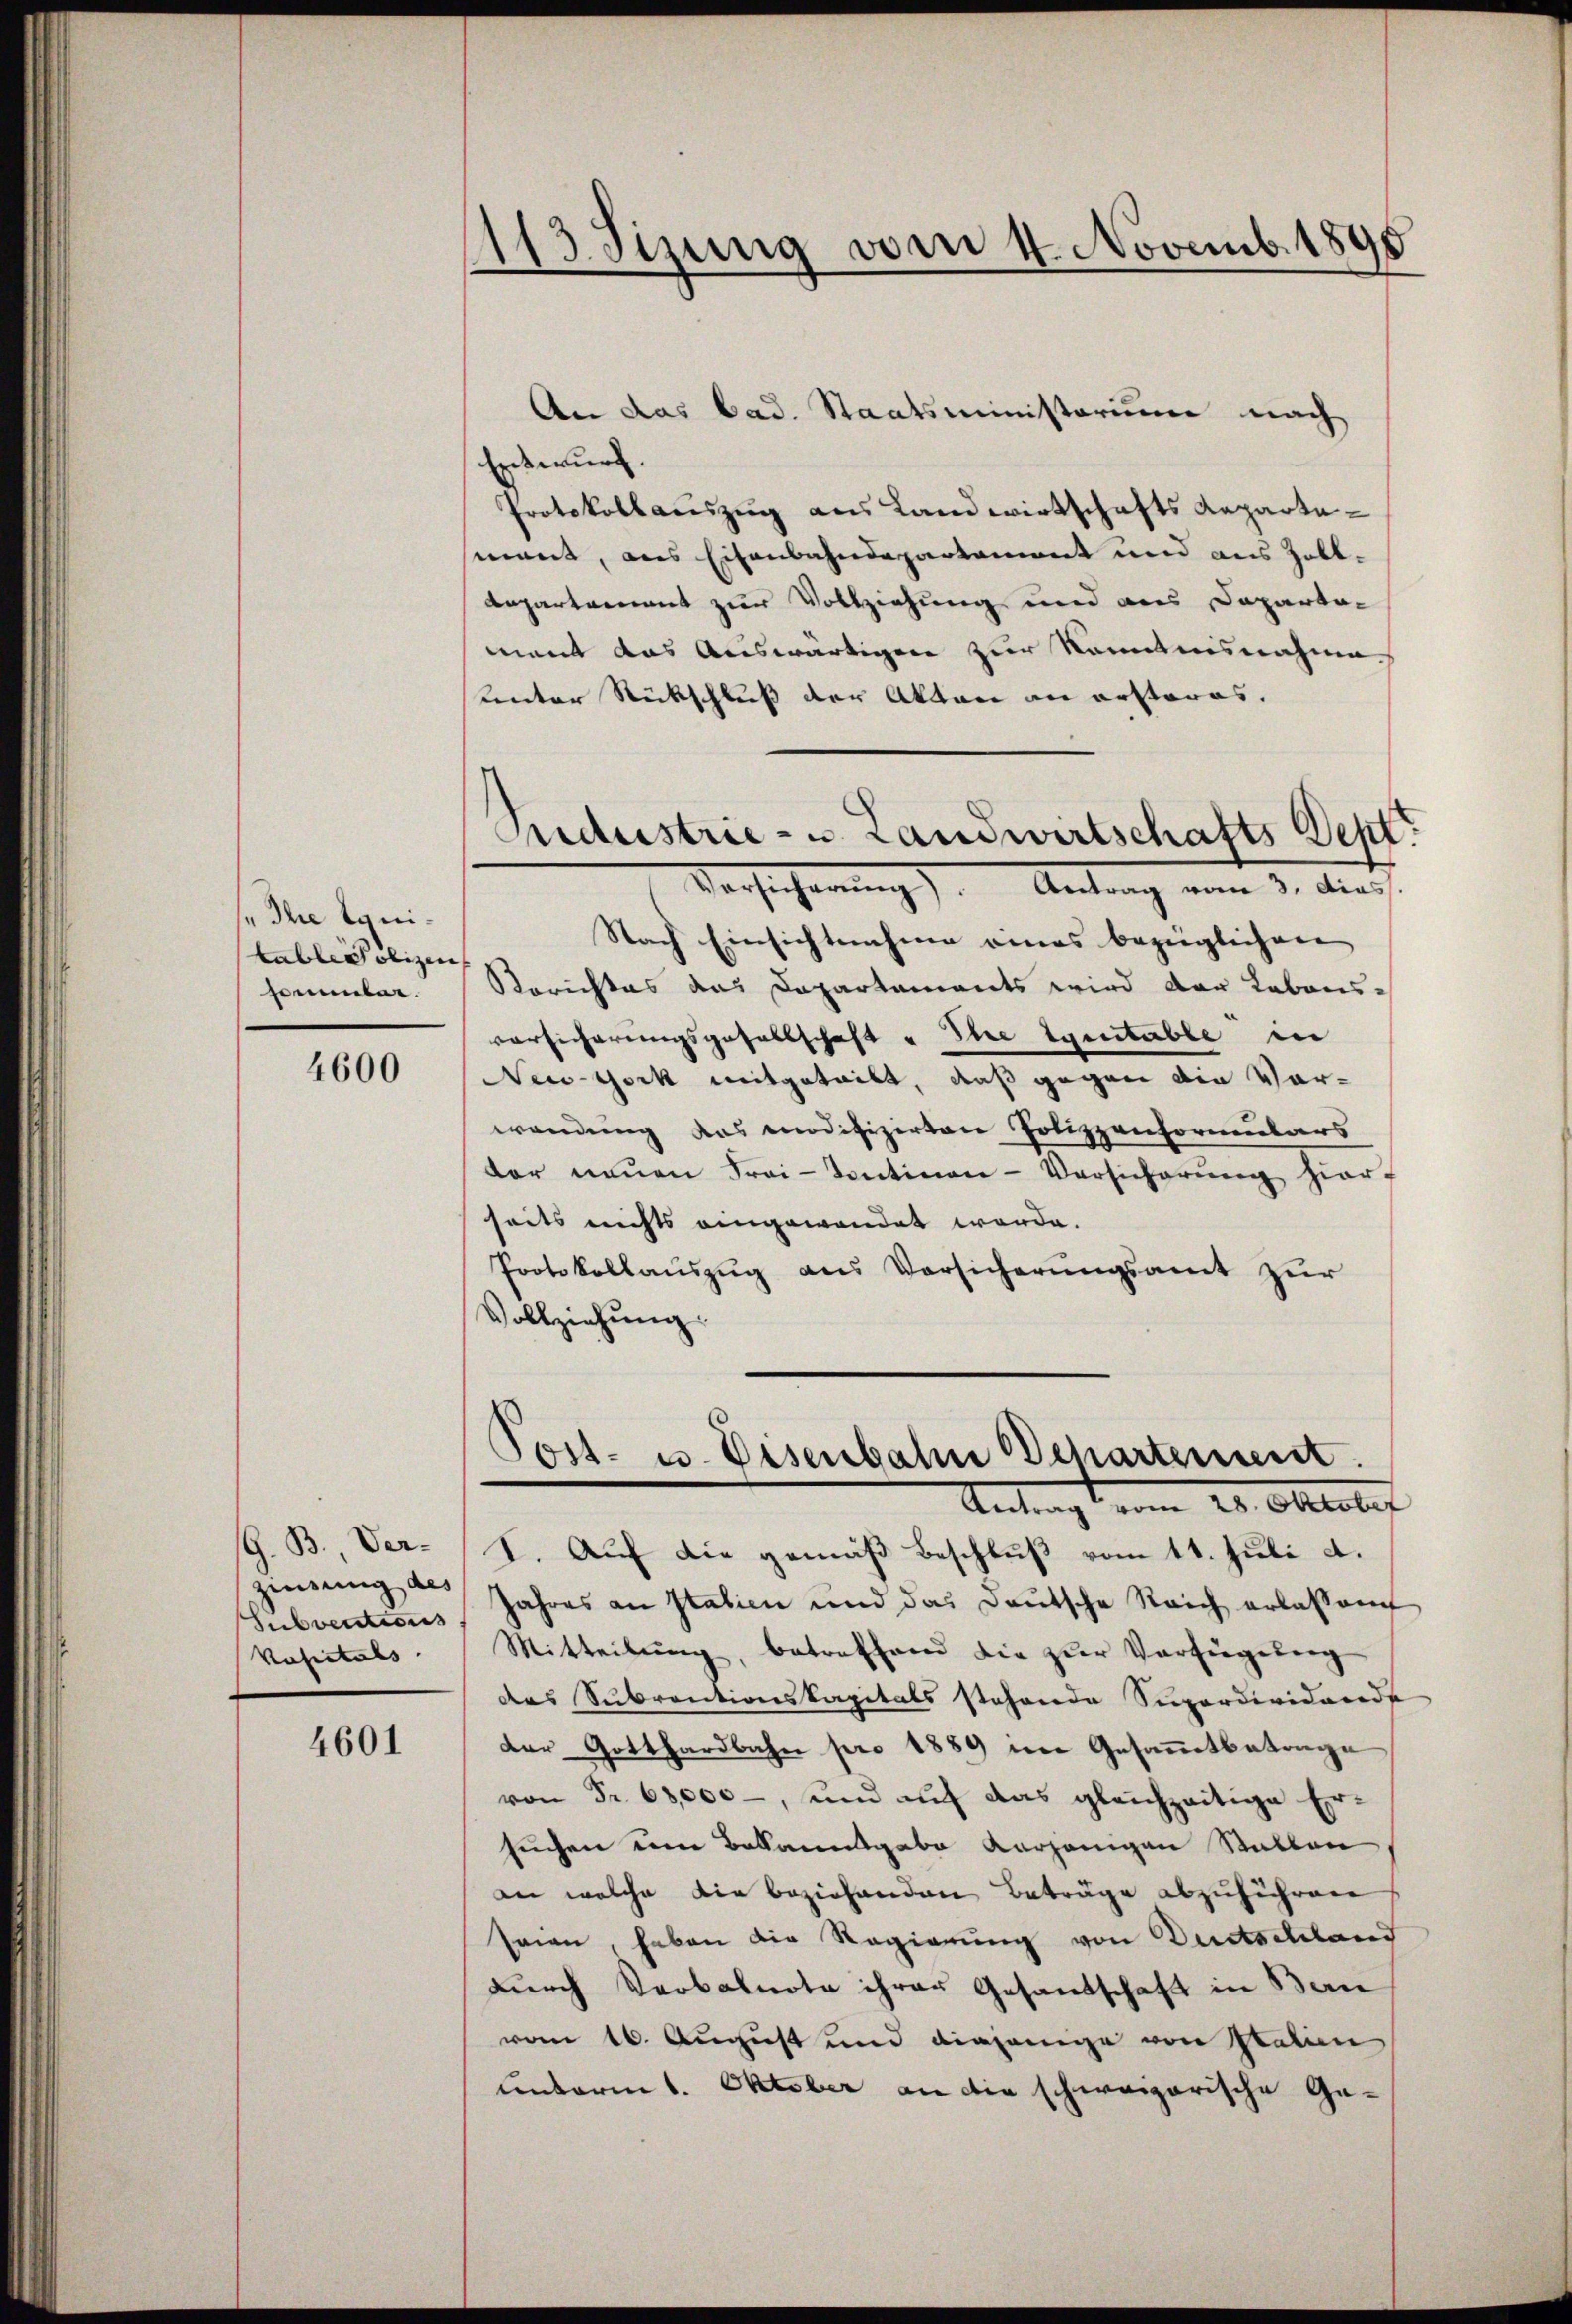
„Ihre Equitable olizei
sommber.

4600

G. B. Verzinsung des
Subventions
kosentals

4601

113. Jizung vom 4 Novemb. 1890

An das bad. Staatsministerium nach
Entwurf.
Protokollauszug aus Landwirtschafts Repartemant, aus Eisenbahndepartament und aus Zoll¬
Repartement zur Vollziehung und aus Departa-
ment das Auswärtigen zur Kenntnisnahme
unter Rückschluss der Akten an ersteres.
Nach Einsichtnahme eines bezüglichen
Berichtes das Dapartements wird der Labons-
vorsicherungsgesellschaft u Ihre getable in
New York mitgeteilt, daß gegen die Vor-
wendung das modifizirten Polizzenformulars
der neŭen Frei-Sentinen-Versicherŭng hier-
seits nichts eingewendet werde.
Protokollauszug aus Versicherungsamt zur
Vollziehung.

V. Auf die gemäß Beschluß vom 11. Juli a.
Jahres an Statien und das Deutsche Reich erlassen
Mitteilŭng, betreffend die zŭr Verfügŭng
des Subrentionskapitals stehende Supordividarede
der Gotthardbahn pro 1889 im Gesammtbetrage
von Fr. 68,000, und auf das gleichzeitige Ersuchen um Bekanntgabe vorjenigen Statten
an welche die beziehenden Beträge abzuführen
seien, haben die Regierung von Duetschland
durch Verbalnote ihrer Gesandschaft in Bern
vom 16. August und diejenige von Italien
unterm 1. Oktober an die schweizerische Ge-

Suidustrie- u. Landwirtschafts Sept.
Versicherung). Antrag vom 3. dies

Post- u. Eisenbahn Departement.
Antragt vom 24. Oktober